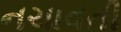
નચાવતી